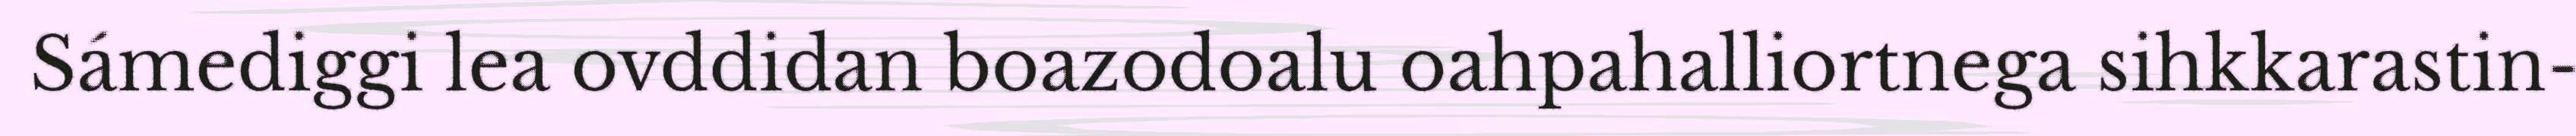
Sámediggi lea ovddidan boazodoalu oahpahalliortnega sihkkarastin-